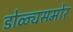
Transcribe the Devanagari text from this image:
डोळ्यसमोर